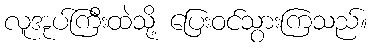
လူအုပ်ကြီးထဲသို့ ပြေးဝင်သွားကြသည်။